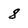
Character: 8